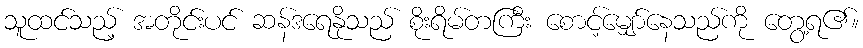
သူထင်သည့် အတိုင်းပင် ဆန်ဒရေနိုသည် စိုးရိမ်တကြီး စောင့်မျှော်နေသည်ကို တွေ့ရ၏။